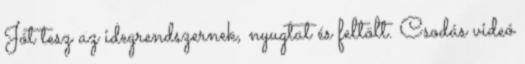
Jót tesz az idegrendszernek, nyugtat és feltölt. Csodás videó